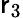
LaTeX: \mathsf{r}_{3}